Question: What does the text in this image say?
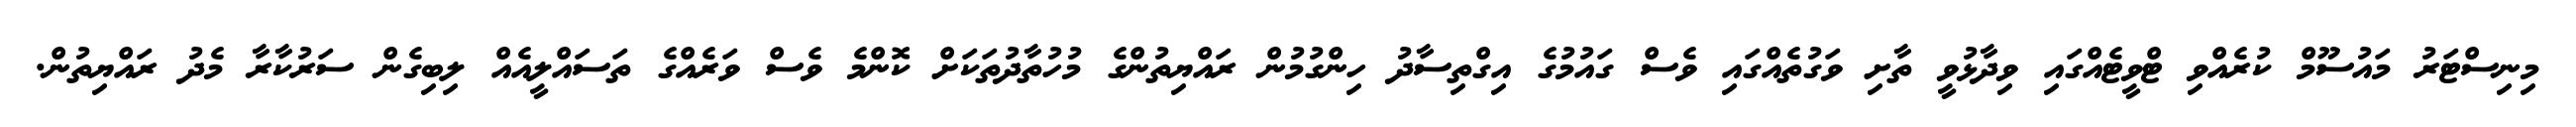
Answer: މިނިސްޓަރު މައުސޫމް ކުރެއްވި ޓްވީޓެއްގައި ވިދާޅުވީ ތާށި ވަގުތެއްގައި ވެސް ގައުމުގެ އިގްތިސާދު ހިންގުމުން ރައްޔިތުންގެ މުހުތާދުތަކަށް ކޮންމެ ވެސް ވަރެއްގެ ތަސައްލީއެއް ލިބިގެން ސަރުކާރާ މެދު ރައްޔިތުން.